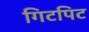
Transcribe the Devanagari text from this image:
गिटपिट